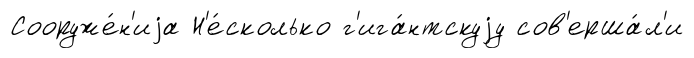
Сооруже́н'иjа Н'е́сколько г'ига́нтскуjу сов'ерша́л'и